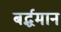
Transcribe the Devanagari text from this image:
बर्द्धमान